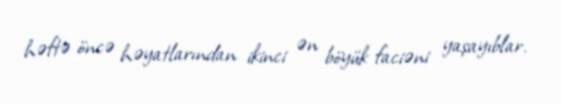
həftə öncə həyatlarından ikinci ən böyük faciəni yaşayıblar.